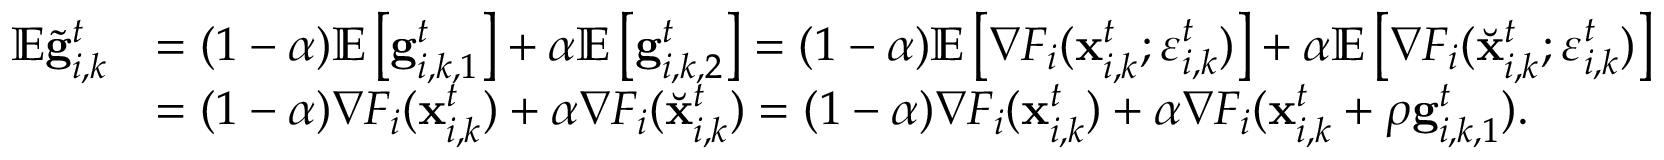
\begin{array} { r l } { \mathbb { E } \tilde { \mathbf { g } } _ { i , k } ^ { t } } & { = ( 1 - \alpha ) \mathbb { E } \left[ \mathbf { g } _ { i , k , 1 } ^ { t } \right] + \alpha \mathbb { E } \left[ \mathbf { g } _ { i , k , 2 } ^ { t } \right] = ( 1 - \alpha ) \mathbb { E } \left[ \nabla F _ { i } ( \mathbf { x } _ { i , k } ^ { t } ; \varepsilon _ { i , k } ^ { t } ) \right] + \alpha \mathbb { E } \left[ \nabla F _ { i } ( \Breve { \mathbf { x } } _ { i , k } ^ { t } ; \varepsilon _ { i , k } ^ { t } ) \right] } \\ & { = ( 1 - \alpha ) \nabla F _ { i } ( \mathbf { x } _ { i , k } ^ { t } ) + \alpha \nabla F _ { i } ( \Breve { \mathbf { x } } _ { i , k } ^ { t } ) = ( 1 - \alpha ) \nabla F _ { i } ( \mathbf { x } _ { i , k } ^ { t } ) + \alpha \nabla F _ { i } ( \mathbf { x } _ { i , k } ^ { t } + \rho \mathbf { g } _ { i , k , 1 } ^ { t } ) . } \end{array}